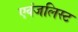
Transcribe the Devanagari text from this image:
एवंजलिस्ट